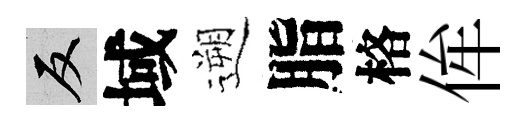
反域遡脂格侔